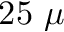
2 5 ~ \mu